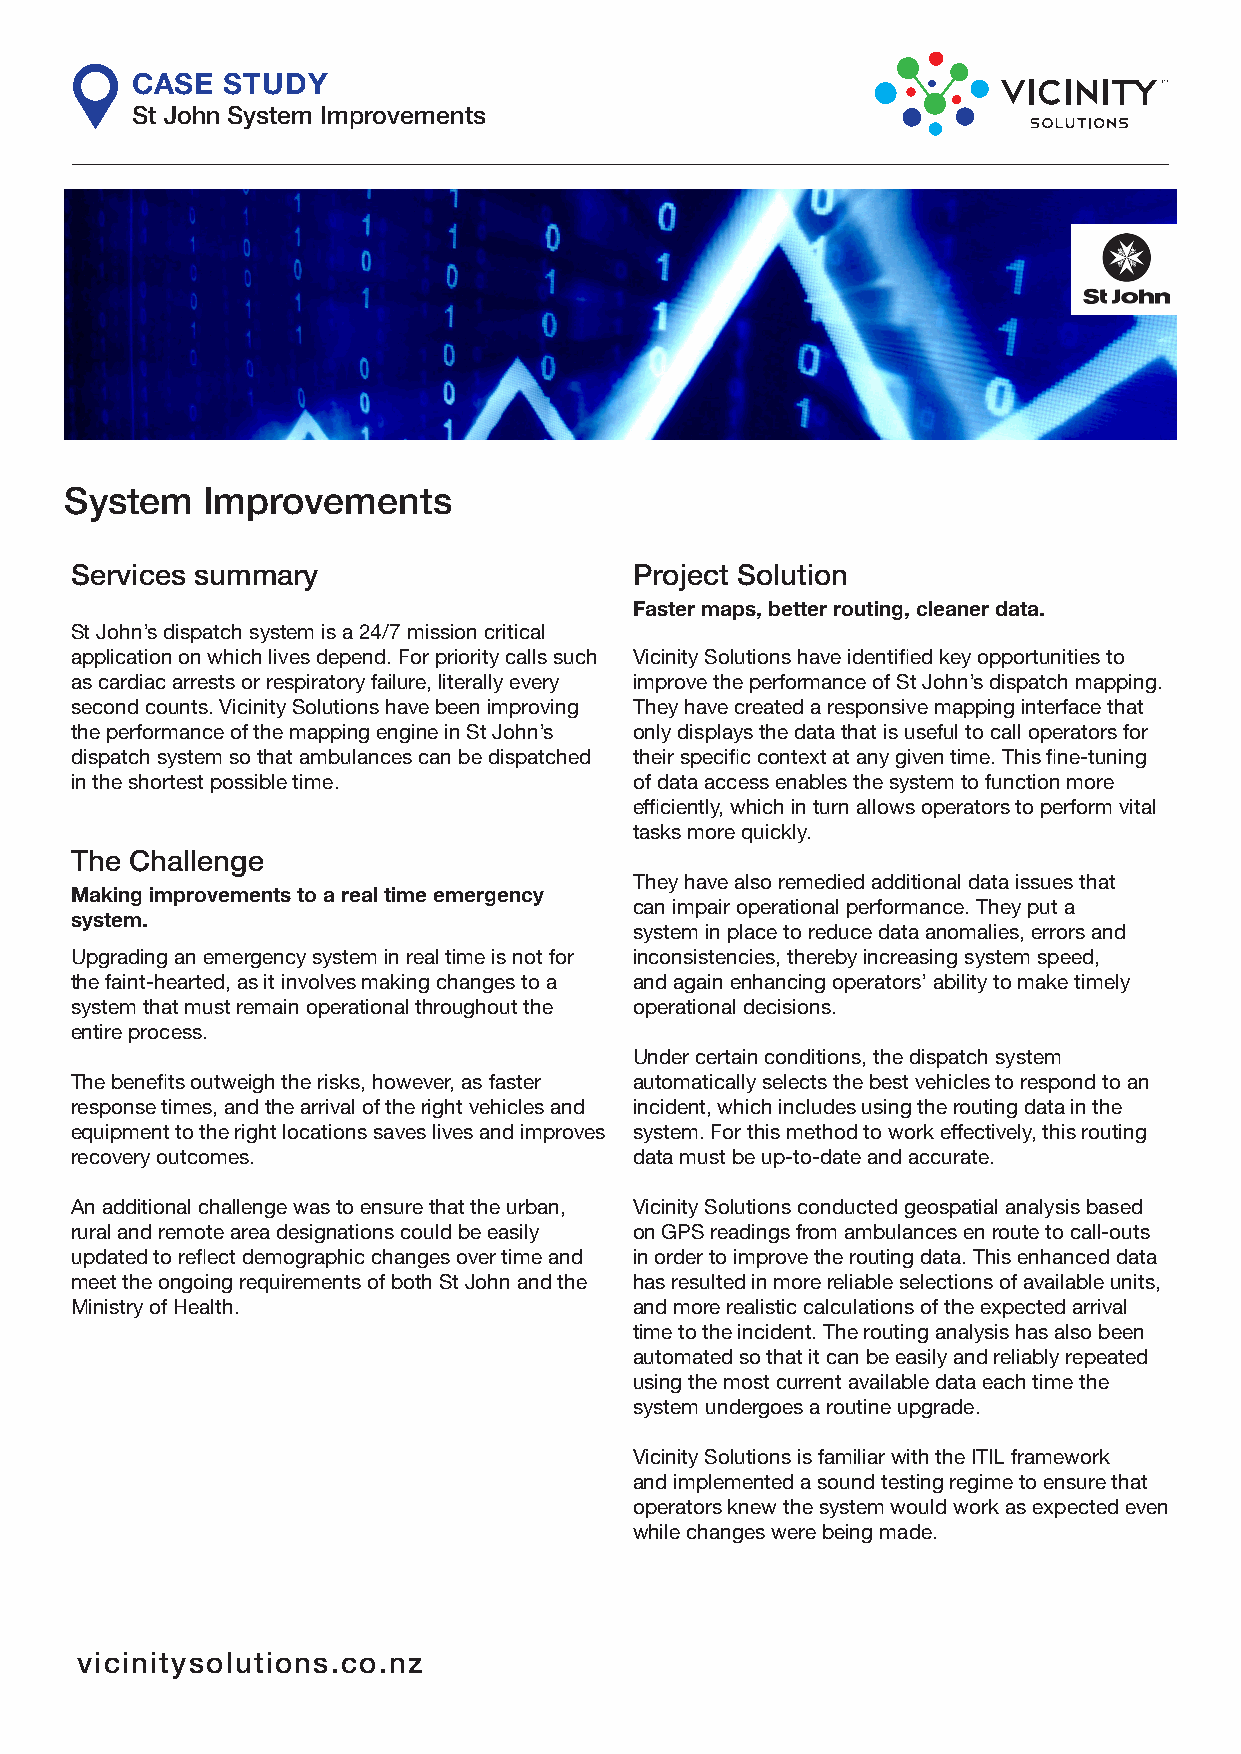
CASE  STUDY
 St John System Improvements
 System   Improvements
 Services summary                     Project Solution
 Faster maps, better routing, cleaner data.
 St John’s dispatch system is a 24/7 mission critical
 application on which lives depend. For priority calls such Vicinity Solutions have identified key opportunities to
 as cardiac arrests or respiratory failure, literally every improve the performance of St John’s dispatch mapping.
 second counts. Vicinity Solutions have been improving They have created a responsive mapping interface that
 the performance of the mapping engine in St John’s only displays the data that is useful to call operators for
 dispatch system so that ambulances can be dispatched their specific context at any given time. This fine-tuning
 in the shortest possible time.       of data access enables the system to function more
 efficiently, which in turn allows operators to perform vital
 tasks more quickly.
 The Challenge
 They have also remedied additional data issues that
 Making improvements to a real time emergency
 can impair operational performance. They put a
 system.
 system in place to reduce data anomalies, errors and
 Upgrading an emergency system in real time is not for inconsistencies, thereby increasing system speed,
 the faint-hearted, as it involves making changes to a and again enhancing operators’ ability to make timely
 system that must remain operational throughout the operational decisions.
 entire process.
 Under certain conditions, the dispatch system
 The benefits outweigh the risks, however, as faster automatically selects the best vehicles to respond to an
 response times, and the arrival of the right vehicles and incident, which includes using the routing data in the
 equipment to the right locations saves lives and improves system. For this method to work effectively, this routing
 recovery outcomes.                   data must be up-to-date and accurate.
 An additional challenge was to ensure that the urban, Vicinity Solutions conducted geospatial analysis based
 rural and remote area designations could be easily on GPS readings from ambulances en route to call-outs
 updated to reflect demographic changes over time and in order to improve the routing data. This enhanced data
 meet the ongoing requirements of both St John and the has resulted in more reliable selections of available units,
 Ministry of Health.                  and more realistic calculations of the expected arrival
 time to the incident. The routing analysis has also been
 automated so that it can be easily and reliably repeated
 using the most current available data each time the
 system undergoes a routine upgrade.
 Vicinity Solutions is familiar with the ITIL framework
 and implemented a sound testing regime to ensure that
 operators knew the system would work as expected even
 while changes were being made.
 vicinitysolutions.co.nz